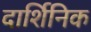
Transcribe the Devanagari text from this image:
दार्शिनिक